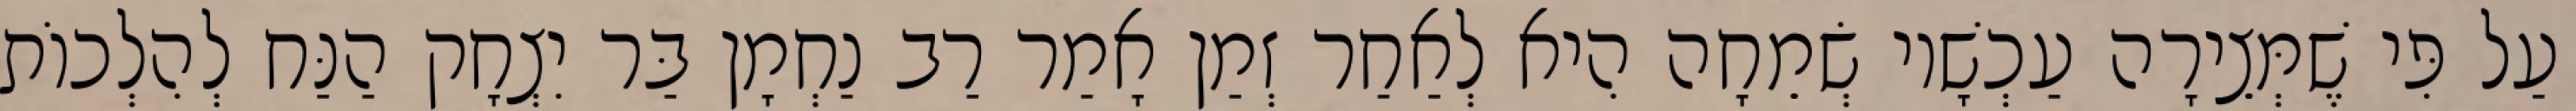
עַל פִּי שֶׁמְּצֵירָה עַכְשָׁיו שְׂמֵחָה הִיא לְאַחַר זְמַן אָמַר רַב נַחְמָן בַּר יִצְחָק הַנַּח לְהִלְכוֹת